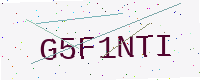
Text: G5F1NTI